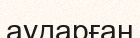
аударған